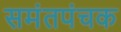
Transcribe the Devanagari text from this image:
समंतपंचक